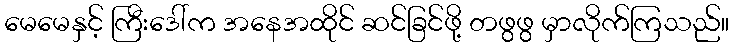
မေမေနှင့် ကြီးဒေါ်က အနေအထိုင် ဆင်ခြင်ဖို့ တဖွဖွ မှာလိုက်ကြသည်။